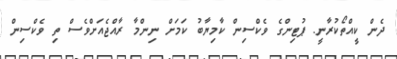
ދެން ކީއްތޯކުރާނީ. ޕުޓިންގެ ވެކްސިން ކާމިޔާބު ކަމަށް ނިންމާ ރާއްޖެއަށްވެސް ތި ވެކްސިން